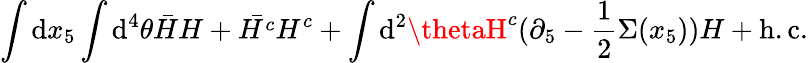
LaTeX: \int\mathrm{d}x_{5}\int\mathrm{d}^{4}\theta\bar{{H}}H+\bar{{H^{c}}}H^{c}+\int\mathrm{d}^{2}\thetaH^{c}(\partial_{5}-\frac{{1}}{{2}}\Sigma(x_{5}))H+\mathrm{{h.c.}}